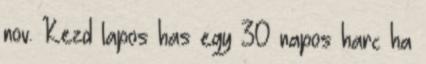
nov. Kezd lapos has egy 30 napos harc ha